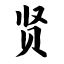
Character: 贤